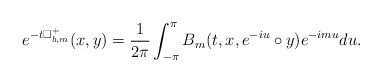
\begin{align*} e^{-t\Box^+_{b,m}}(x,y)=\frac{1}{2\pi}\int_{-\pi}^{\pi} B_m(t,x,e^{-iu}\circ y)e^{-imu}du.\end{align*}